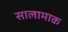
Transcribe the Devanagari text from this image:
सालामाक